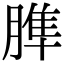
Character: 𦞠